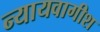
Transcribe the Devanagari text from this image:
न्यायवागीश